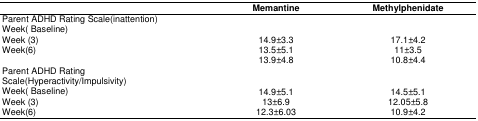
|  | Memantine | Methylphenidate |
 | --- | --- | --- |
 | Parent ADHD Rating Scale(inattention)Week( Baseline)Week (3)Week(6) | 14.9±3.313.5±5.113.9±4.8 | 17.1±4.211±3.510.8±4.4 |
 | Parent ADHD Rating Scale(Hyperactivity/Impulsivity)Week( Baseline)Week (3)Week(6) | 14.9±5.113±6.912.3±6.03 | 14.5±5.112.05±5.810.9±4.2 |